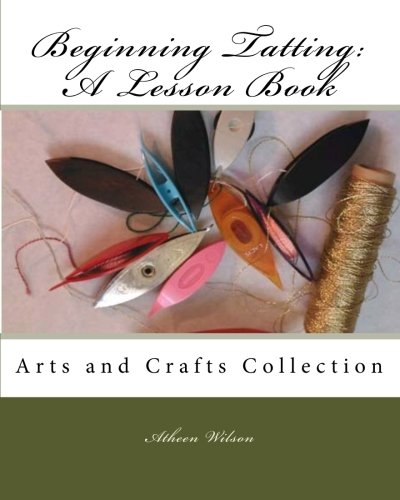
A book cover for Beginning Tatting:  A Lesson Book: Arts and Crafts Collection; Atheen Wilson; Crafts, Hobbies & Home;